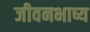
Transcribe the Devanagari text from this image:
जीवनभाष्य